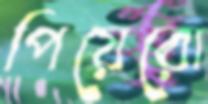
পিয়েরো